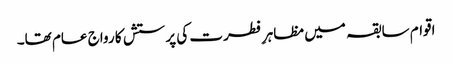
اقوام سابقہ میں مظاہرِ فطرت کی پرستش کا رواج عام تھا۔